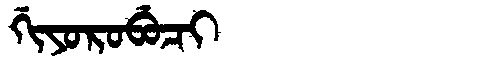
Manchu: ᡤᡳᠶᠣᡵᠣᠪᡠᠴᡳ
Romanization: GIYOROBUCI